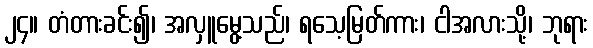
၂၄။ တံတားခင်း၍၊ အလှူမွေ့သည်၊ ရသေ့မြတ်ကား၊ ငါအလားသို့၊ ဘုရား